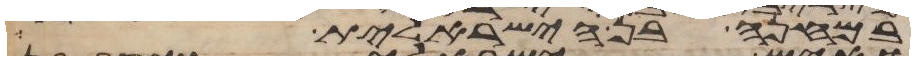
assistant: במחנה בן הישראלית